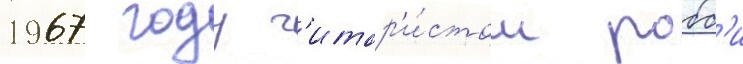
1967 году г'итар'и́стом робб'и